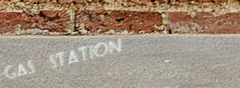
Gas Station